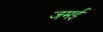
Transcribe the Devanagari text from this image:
जमई